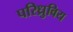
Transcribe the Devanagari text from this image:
परिध्रुविय